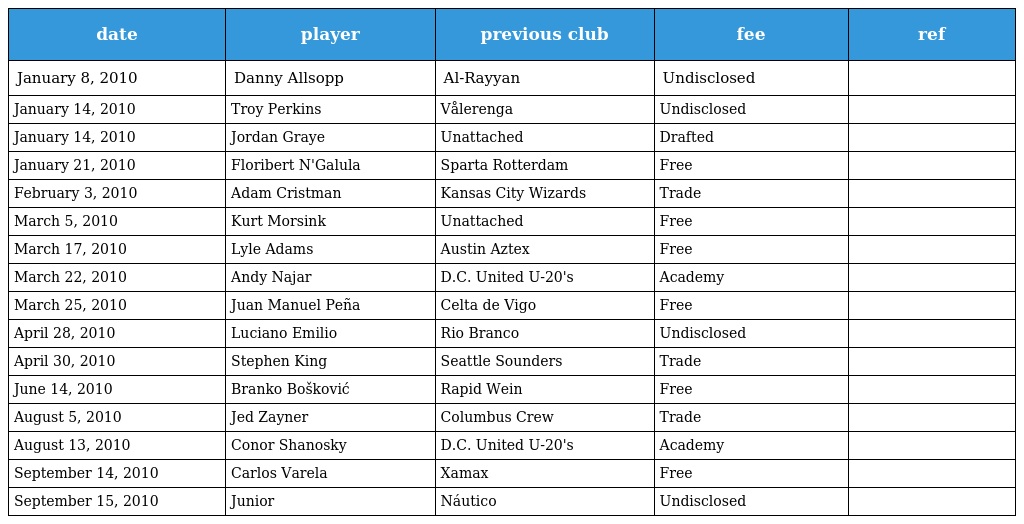
| date | player | previous club | fee | ref |
 | --- | --- | --- | --- | --- |
 | January 8, 2010 | Danny Allsopp | Al-Rayyan | Undisclosed |  |
 | January 14, 2010 | Troy Perkins | Vålerenga | Undisclosed |  |
 | January 14, 2010 | Jordan Graye | Unattached | Drafted |  |
 | January 21, 2010 | Floribert N'Galula | Sparta Rotterdam | Free |  |
 | February 3, 2010 | Adam Cristman | Kansas City Wizards | Trade |  |
 | March 5, 2010 | Kurt Morsink | Unattached | Free |  |
 | March 17, 2010 | Lyle Adams | Austin Aztex | Free |  |
 | March 22, 2010 | Andy Najar | D.C. United U-20's | Academy |  |
 | March 25, 2010 | Juan Manuel Peña | Celta de Vigo | Free |  |
 | April 28, 2010 | Luciano Emilio | Rio Branco | Undisclosed |  |
 | April 30, 2010 | Stephen King | Seattle Sounders | Trade |  |
 | June 14, 2010 | Branko Bošković | Rapid Wein | Free |  |
 | August 5, 2010 | Jed Zayner | Columbus Crew | Trade |  |
 | August 13, 2010 | Conor Shanosky | D.C. United U-20's | Academy |  |
 | September 14, 2010 | Carlos Varela | Xamax | Free |  |
 | September 15, 2010 | Junior | Náutico | Undisclosed |  |